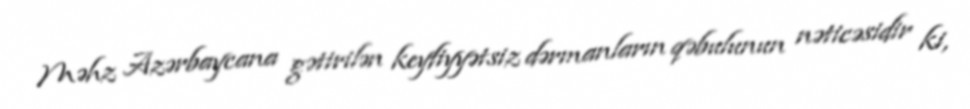
Məhz Azərbaycana gətirilən keyfiyyətsiz dərmanların qəbulunun nəticəsidir ki,